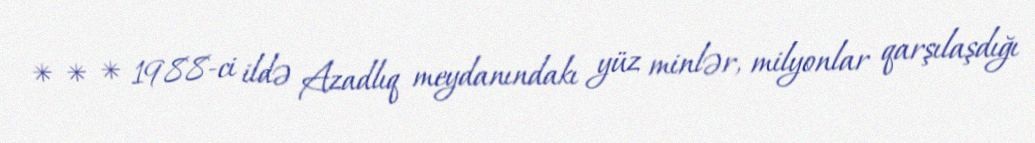
* * * 1988-ci ildə Azadlıq meydanındakı yüz minlər, milyonlar qarşılaşdığı